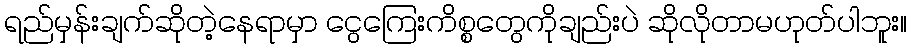
ရည်မှန်းချက်ဆိုတဲ့နေရာမှာ ငွေကြေးကိစ္စတွေကိုချည်းပဲ ဆိုလိုတာမဟုတ်ပါဘူး။